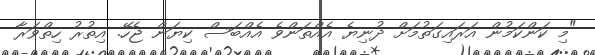
"މި ކަންކަމުން އަރައިގަތުމަށް ދުނިޔެ އެއްތަންވެ އެއްބަސް ކިޔަން ޖެހޭ. އިތުރު ހިތްވަރާ